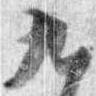
九